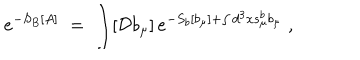
e ^ { - S _ { B } [ A ] } \; = \; \int [ { \mathcal D } b _ { \mu } ] \, e ^ { - S _ { b } [ b _ { \mu } ] + \int d ^ { 3 } x s _ { \mu } ^ { b } b _ { \mu } } \; ,